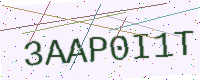
Text: 3AAP0I1T